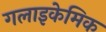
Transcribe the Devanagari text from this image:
गलाइकेमिक